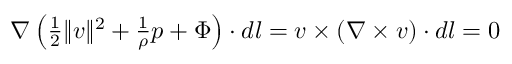
\begin{array} { r } { \nabla \left( \frac { 1 } { 2 } \| v \| ^ { 2 } + \frac { 1 } { \rho } p + \Phi \right) \cdot d l = v \times ( \nabla \times v ) \cdot d l = 0 } \end{array}